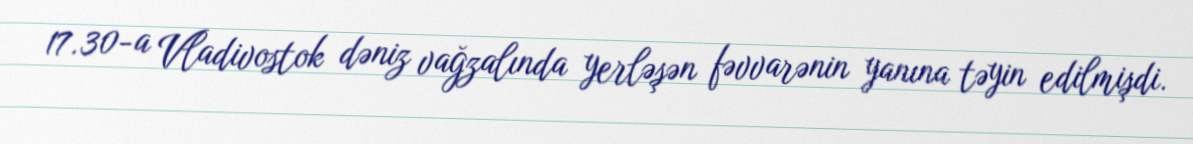
17.30-a Vladivostok dəniz vağzalında yerləşən fəvvarənin yanına təyin edilmişdi.